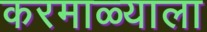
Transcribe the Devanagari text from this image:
करमाळ्याला